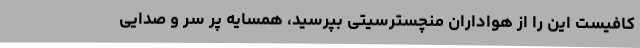
کافیست این را از هواداران منچسترسیتی بپرسید، همسایه پر سر و صدایی